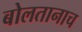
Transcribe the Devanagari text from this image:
बोलतानाच